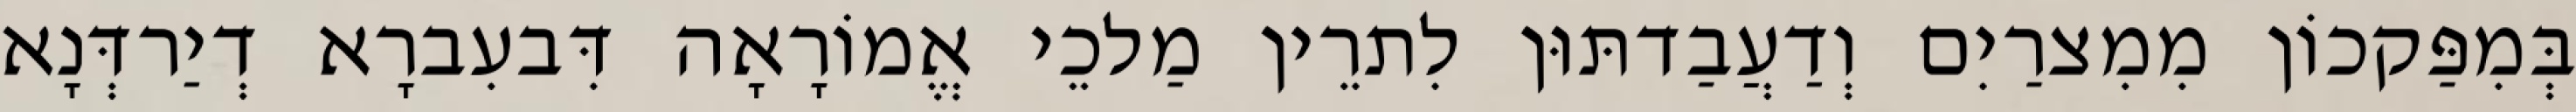
בְּמִפַּקכוֹן מִמִצרַיִם וְדַעֲבַדתּוּן לִתרֵין מַלכֵי אֱמוֹרָאָה דִּבעִברָא דְיַרדְּנָא